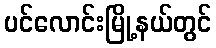
ပင်လောင်းမြို့နယ်တွင်